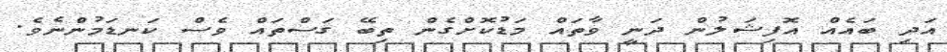
އަދި ބައެއް އޮފިޝަލުން ދަނީ ވާތައް މަޑުކޮށްގެން ތިބޭ ގަސްތައް ވެސް ކަނޑަމުންނެވެ.